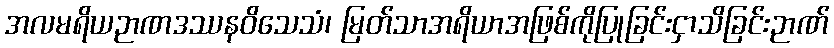
အလမရိယဉာဏဒဿနဝိသေသံ၊ မြတ်သာအရိယာအဖြစ်ကိုပြုခြင်းငှာသိခြင်းဉာဏ်